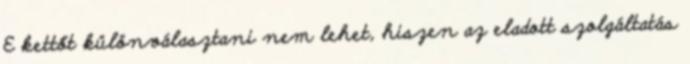
E kettőt különválasztani nem lehet, hiszen az eladott szolgáltatás